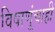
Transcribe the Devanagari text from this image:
विषाणूंचाही